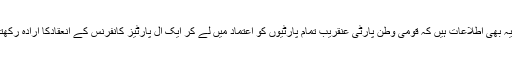
جبکہ یہ بھی اطلاعات ہیں کہ قومی وطن پارٹی عنقریب تمام پارٹیوں کو اعتماد میں لے کر ایک آل پارٹیز کانفرنس کے انعقادکا ارادہ رکھتی ہے۔